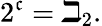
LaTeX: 2^{\mathfrak{c}}=\beth_{2}.